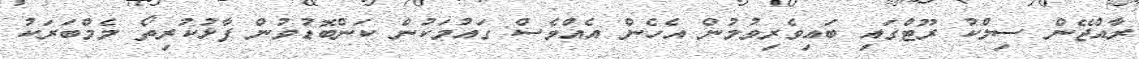
ރާއްޖޭން ސިލްކު ރޫޓްގައި ބައިވެރިވުމުން އެހެން އެއްވެސް ގައުމަކުން ކަންބޮޑުވުން ފާޅުކުރިތޯ މެމްބަރަކު